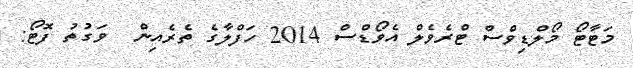
މަޓާޓޯ މޯލްޑިވްސް ޓްރެވެލް އެވޯޑްސް 2014 ހަފްލާގެ ތެރެއިން  ވަގުތު ފޮޓޯ: